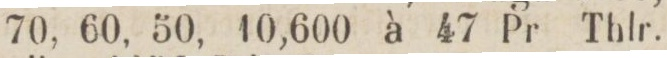
70, 60, 50, 10,600 à 47 Pr Thlr.